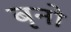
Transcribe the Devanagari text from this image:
बृनो